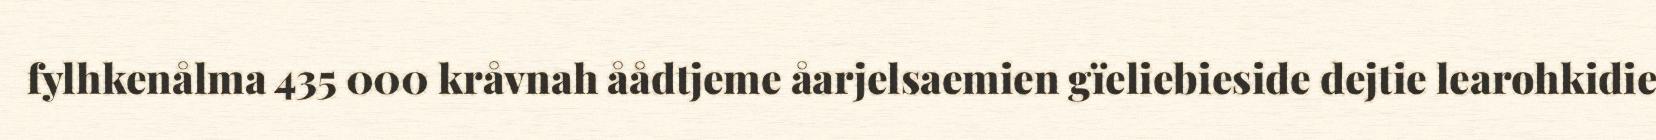
fylhkenålma 435 000 kråvnah åådtjeme åarjelsaemien gïeliebieside dejtie learohkidie